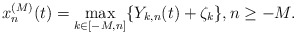
\begin{align*}x_n^{(M)}(t)=\max_{k\in [-M,n]}\{Y_{k,n}(t)+\zeta_k\},n\geq-M.\end{align*}